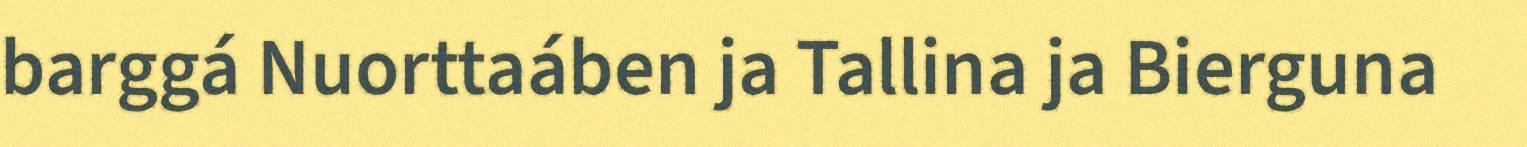
barggá Nuorttaáben ja Tallina ja Bierguna